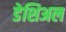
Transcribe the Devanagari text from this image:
डेशिअल